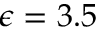
\epsilon = 3 . 5